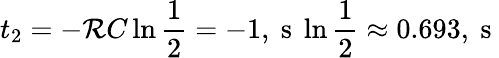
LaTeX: t_{2}=-\mathcal{R}C\ln{\frac{{1}}{{2}}}=-1,\mathrm{{~s~}}\ln{\frac{{1}}{{2}}}\approx0.693,\mathrm{{~s~}}